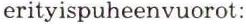
erityispuheenvuorot: